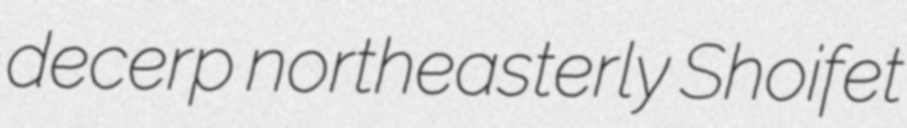
decerp northeasterly Shoifet